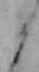
ら